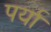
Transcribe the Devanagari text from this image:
पर्या